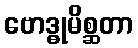
ဗောဒ္ဓုမိစ္ဆတာ